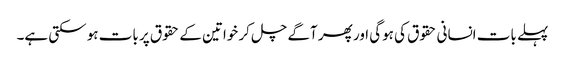
پہلے بات انسانی حقوق کی ہوگی اور پھر آگے چل کر خواتین کے حقوق پر بات ہو سکتی ہے۔